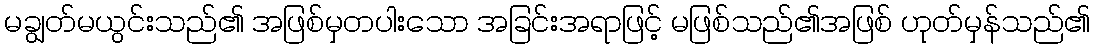
မချွတ်မယွင်းသည်၏ အဖြစ်မှတပါးသော အခြင်းအရာဖြင့် မဖြစ်သည်၏အဖြစ် ဟုတ်မှန်သည်၏